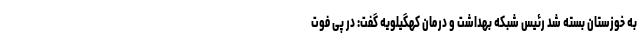
به خوزستان بسته شد رئیس شبکه بهداشت و درمان کهگیلویه گفت: در پی فوت